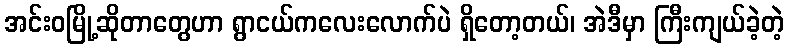
အင်းဝမြို့ဆိုတာတွေဟာ ရွာငယ်ကလေးလောက်ပဲ ရှိတော့တယ်၊ အဲဒီမှာ ကြီးကျယ်ခဲ့တဲ့